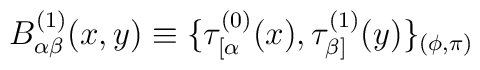
B_{\alpha\beta}^{(1)}(x,y)\equiv\{\tau_{[\alpha}^{(0)}(x),\tau_{\beta]}^{(1)}(y)\}_{(\phi,\pi)}